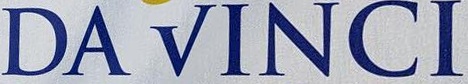
DAVINCI